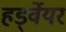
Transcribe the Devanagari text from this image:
हर्ड्वेयर